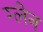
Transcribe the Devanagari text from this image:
ग्‍लेन